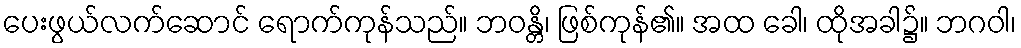
ပေးဖွယ်လက်ဆောင် ရောက်ကုန်သည်။ ဘဝန္တိ၊ ဖြစ်ကုန်၏။ အထ ခေါ၊ ထိုအခါ၌။ ဘဂဝါ၊